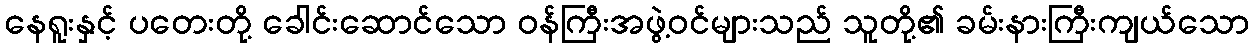
နေရူးနှင့် ပတေးတို့ ခေါင်းဆောင်သော ဝန်ကြီးအဖွဲ့ဝင်များသည် သူတို့၏ ခမ်းနားကြီးကျယ်သော